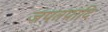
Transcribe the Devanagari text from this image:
जपतपादि